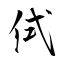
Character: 侙